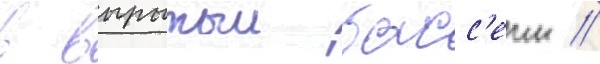
в вырытыи басс'еин //